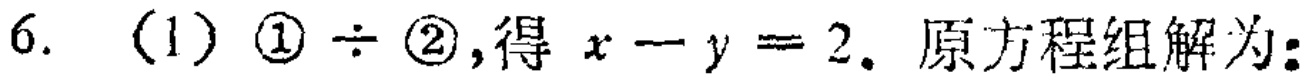
6. (1) \textcircled{1} $\div$ \textcircled{2},得 $x - y = 2$. 原方程组解为: